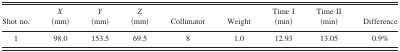
<table><thead><tr><td><b>Shot no.</b></td><td><b><i>X</i> (mm)</b></td><td><b><i>Y</i> (mm)</b></td><td><b><i>Z</i> (mm)</b></td><td><b>Collimator</b></td><td><b>Weight</b></td><td><b>Time I (min)</b></td><td><b>Time II (min)</b></td><td><b>Difference</b></td></tr></thead><tbody><tr><td>1</td><td>98.0</td><td>153.5</td><td>69.5</td><td>8</td><td>1.0</td><td>12.93</td><td>13.05</td><td>0.9%</td></tr></tbody></table>